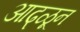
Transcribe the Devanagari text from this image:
आढ्ळून